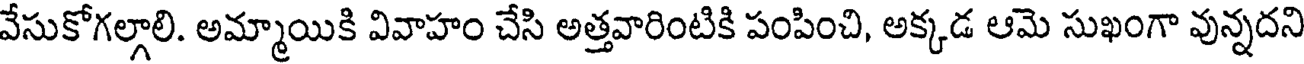
వేసుకోగల్గాలి. అమ్మాయికి వివాహం చేసి అత్తవారింటికి పంపించి, అక్కడ ఆమె సుఖంగా వున్నదని